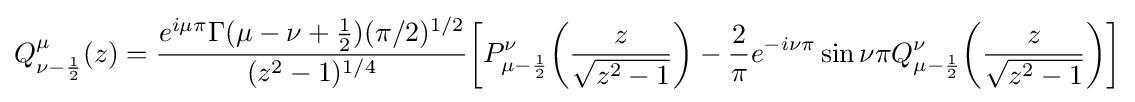
Q_{\nu -{\frac {1}{2}}}^{\mu }(z)={\frac {e^{i\mu \pi }\Gamma (\mu -\nu +{\frac {1}{2}})(\pi /2)^{1/2}}{(z^{2}-1)^{1/4}}}{\biggl [}P_{\mu -{\frac {1}{2}}}^{\nu }{\biggl (}{\frac {z}{\sqrt {z^{2}-1}}}{\biggr )}-{\frac {2}{\pi }}e^{-i\nu \pi }\sin \nu \pi Q_{\mu -{\frac {1}{2}}}^{\nu }{\biggl (}{\frac {z}{\sqrt {z^{2}-1}}}{\biggr )}{\biggr ]}